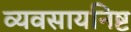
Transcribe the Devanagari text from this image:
व्यवसायनिष्ट